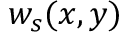
w _ { s } ( x , y )